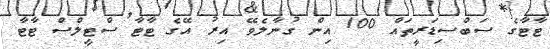
ޓާޓާގެ ސަބްސިޑަރީތައް 100 އިން ގުނާލެވޭ އިރު އޭގެ ޓާޓާ ސްޓީލްސް ޓާޓާ